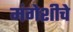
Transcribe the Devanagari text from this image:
मंगेशीचे